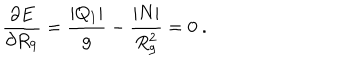
LaTeX: { \frac { \partial E } { \partial R _ { 9 } } } = { \frac { | Q _ { 1 } | } { g } } - { \frac { | N | } { R _ { 9 } ^ { 2 } } } = 0 \ .